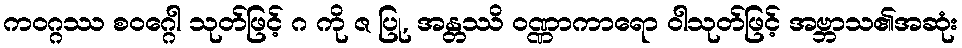
ကဝဂ္ဂဿ စဝဂ္ဂေါ သုတ်ဖြင့် ဂ ကို ဇ ပြု, အန္တဿိ ဝဏ္ဏာကာရော ဝါသုတ်ဖြင့် အဗ္ဘာသ၏အဆုံး